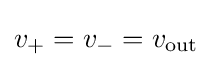
v_{+}=v_{-}=v_{\text{out}}